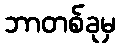
ဘာတစ်ခုမှ